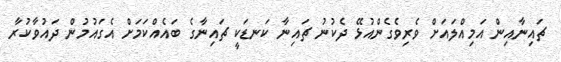
ޗައިނާއިން އަމިއްލައަށް ވެރިވެގެންއުޅޭ ދެކުނު ޗައިނާ ކަނޑަކީ ޗައިނާގެ ބައެއްކަމަށް އެގައުމުން ދައުވާކުރާ